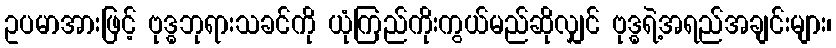
ဥပမာအားဖြင့် ဗုဒ္ဓဘုရားသခင်ကို ယုံကြည်ကိုးကွယ်မည်ဆိုလျှင် ဗုဒ္ဓရဲ့အရည်အချင်းများ၊